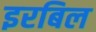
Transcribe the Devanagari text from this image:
इरबिल